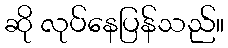
ဆို လုပ်နေပြန်သည်။